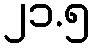
၂၁.၅